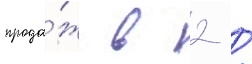
прода́ж в 2 /